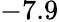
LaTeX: -7.9